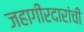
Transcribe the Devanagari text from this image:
जहागीरदारांची